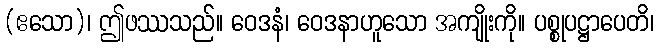
(ဧသော)၊ ဤဖဿသည်။ ဝေဒနံ၊ ဝေဒနာဟူသော အကျိုးကို။ ပစ္စုပဋ္ဌာပေတိ၊